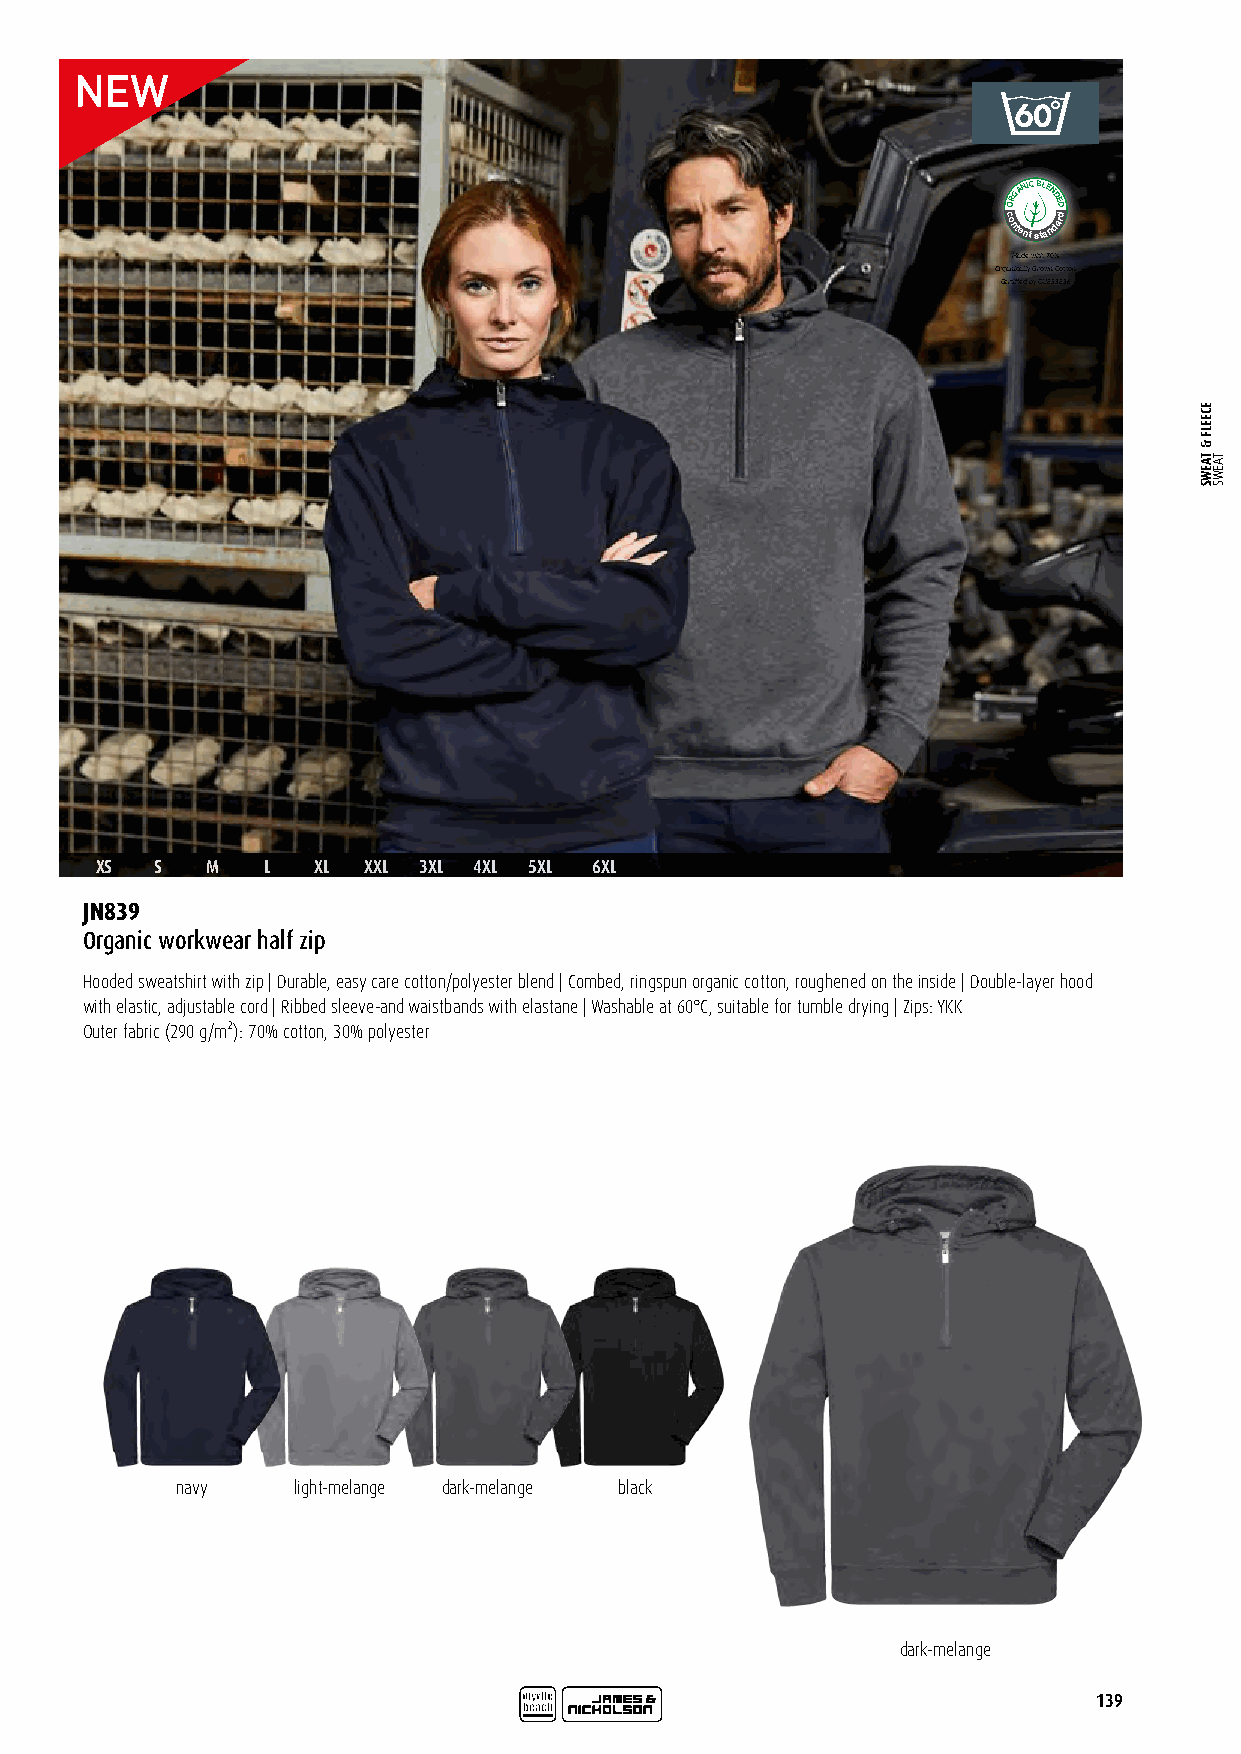
ORGANICBLENDED
 c
 o
 ntentstandard
 Made with 70 %
 Organically Grown Cotton
 Certified by CU853836
 XS  S   M   L  XL XXL 3XL 4XL 5XL 6XL
 JN839
 Organic workwear half zip
 Hooded sweatshirt with zip | Durable, easy care cotton/polyester blend | Combed, ringspun organic cotton, roughened on the inside | Double-layer hood
 with elastic, adjustable cord | Ribbed sleeve-and waistbands with elastane | Washable at 60°C, suitable for tumble drying | Zips: YKK
 Outer fabric (290 g/m²): 70% cotton, 30% polyester
 navy   light-melange dark-melange black
 dark-melange
 139
 ECEELF
 &
 TAEWS TAEWS